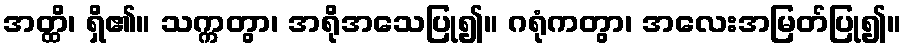
အတ္ထိ၊ ရှိ၏။ သက္ကတွာ၊ အရိုအသေပြု၍။ ဂရုံကတွာ၊ အလေးအမြတ်ပြု၍။